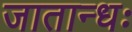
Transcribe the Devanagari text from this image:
जातान्धः